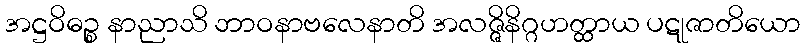
အဋ္ဌဝိဓဉ္စ နာညာသိ ဘာဝနာဗလေနာတိ အလဇ္ဇိနိဂ္ဂဟတ္ထာယ ပဋုဇာတိယော